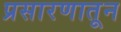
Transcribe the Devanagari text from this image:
प्रसारणातून